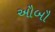
ઔબૌ